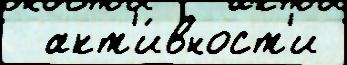
  акт'и́вност'и